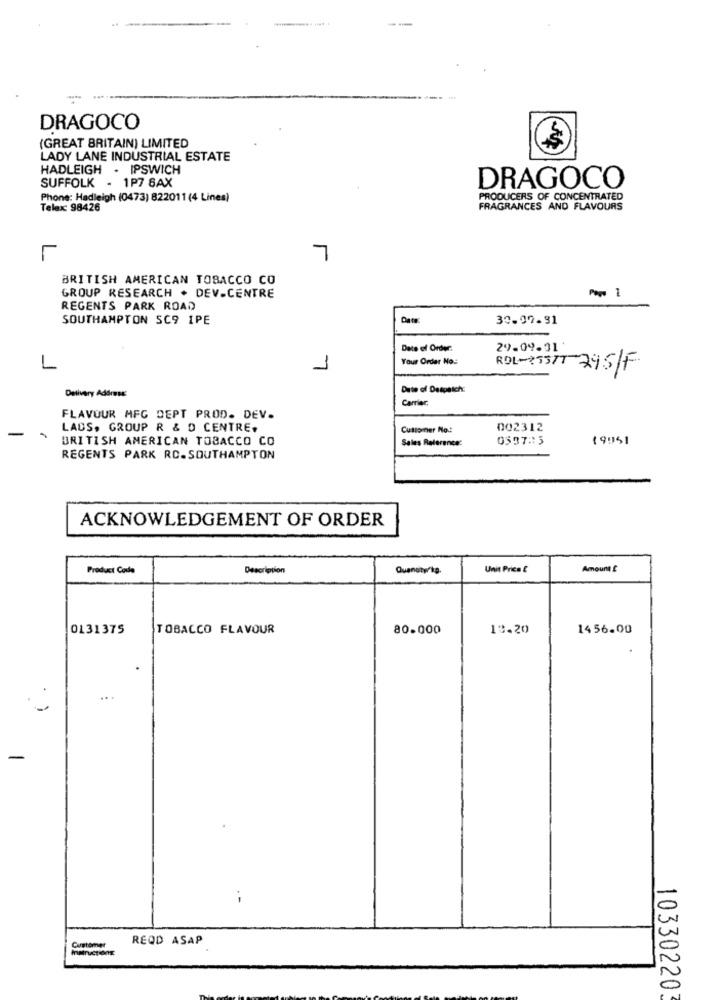
--
DRAGOCO
(GREAT BRITAIN) LIMITED
LADY LANE INDUSTRIAL ESTATE
HADLEIGH . IPSWICH
SUFFOLK - 1P7 8AX
DRAGOCO
Phone: Hadleigh (0473) 822011 (4 Lines)
PRODUCERS OF CONCENTRATED
Telex: 98426
FRAGRANCES AND FLAVOURS
BRITISH AMERICAN TOBACCO CO
GROUP RESEARCH . DEV-CENTRE
REGENTS PARK ROAD
SOUTHAMPTON SC9 IPE
30.07.91
Date of Order.
29.09.31
Your Order No .:
L
ROL-25377 295/F
Date of Despatch:
Delivery Address:
Carrier:
FLAVOUR MFG DEPT PROD. DEV.
LADS, GROUP R & D CENTRE.
Customer No .:
002312
BRITISH AMERICAN TOBACCO CO
Sales Reference:
0397:15
19951
REGENTS PARK RC.SOUTHAMPTON
ACKNOWLEDGEMENT OF ORDER
Product Code
Description
Quenoty/kg.
Unit Price &
Amount £
0131375
TOBACCO FLAVOUR
80.000
13.20
1456.00
....
-
Customer
REQD ASAP
10330220